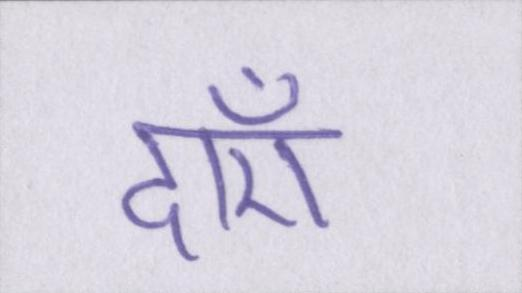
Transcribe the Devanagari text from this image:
दाएँ